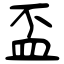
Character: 盃